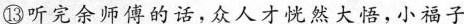
⑬听完余师傅的话，众人才恍然大悟，小福子